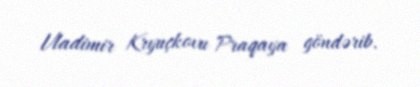
Vladimir Kryuçkovu Praqaya göndərib.